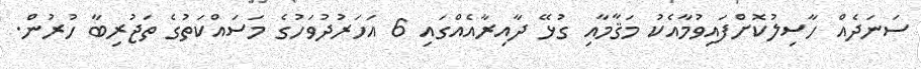
ސަނަދެއް ހާސިލުކޮށްފައިވުމާއެކު މަޤާމާއި ގުޅޭ ދާއިރާއެއްގައި 6 އަހަރުދުވަހުގެ މަސައްކަތުގެ ތަޖުރިބާ ހުރުން.